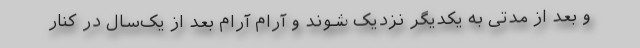
و بعد از مدتی به یکدیگر نزدیک شوند و آرام آرام بعد از یک‌سال در کنار